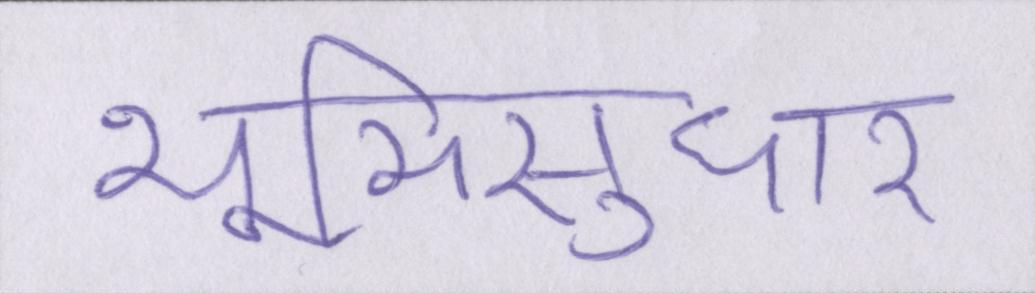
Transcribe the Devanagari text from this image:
भूमिसुधार